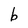
Character: b